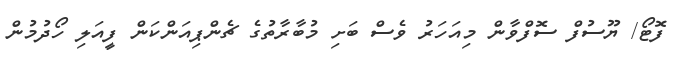
ފޮޓޯ/ ޔޫސުފް ސޮފްވާން މިއަހަރު ވެސް ބަށި މުބާރާތުގެ ޗެންޕިއަންކަން ފީއަލި ހޯދުމުން